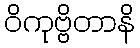
ဝိကုဗ္ဗိတာနိ